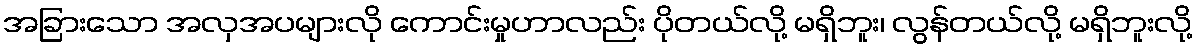
အခြားသော အလှအပများလို ကောင်းမှုဟာလည်း ပိုတယ်လို့ မရှိဘူး၊ လွန်တယ်လို့ မရှိဘူးလို့